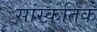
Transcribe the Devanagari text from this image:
सांस्‍क़तिक